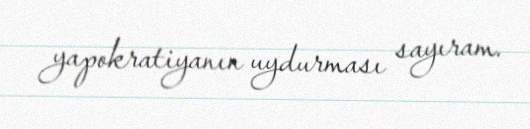
yapokratiyanın uydurması sayıram.